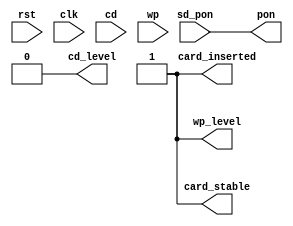
///////////////////////////////////////////////////////////////////////////////
//
//
// Copyright (C) 2007, Licensed customers of QuickLogic may copy or modify
// this file for use in designing QuickLogic devices only.
//
// Module Name:  e_card_detect
// 
// Version 1.0   April  1, 2006  -Original
// Version 1.1   Feb.   7, 2007  -Added 16 bit support
// Version 1.2   May.   14,2007  -Fixed cmd to cmd delay
//                               -SDIO power on switch clock line level
//                               -Used latched signal for datline0
//                               -Optimized to use fifo controllers
//                               -Modified to use one RAMBLOCK instead of two
//
///////////////////////////////////////////////////////////////////////////////
`timescale 1ns/1ns

module e_card_detect(
										rst,
										clk,
										
										sd_pon,            
										wp_level,              
										cd_level,             
										card_stable,           
										card_inserted,              
										                  
										cd,               
										wp,               
										pon             
									);

	input		rst;
 	input		clk;

	input		sd_pon;            
	output	    wp_level;              
	output	    cd_level;             
	output	    card_stable;           
	output	    card_inserted;              

	input		cd;               
	input		wp;               
	output	    pon;   
     
	
	assign	pon				    = sd_pon;	
	assign	cd_level			= 1'b0;
	assign	wp_level			= 1'b1;	
	assign	card_stable		    = 1'b1;
	assign  card_inserted       = 1'b1;

  
endmodule